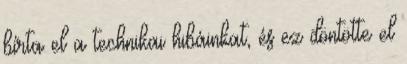
bírta el a technikai hibáinkat, és ez döntötte el